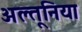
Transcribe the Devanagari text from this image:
अल्तूनिया